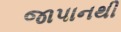
જાપાનથી